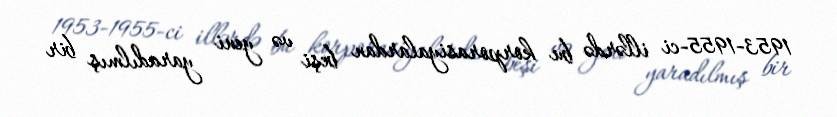
1953-1955-ci illərdə bu korporasiyalardan beşi və yeni yaradılmış bir